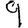
Digit: 9